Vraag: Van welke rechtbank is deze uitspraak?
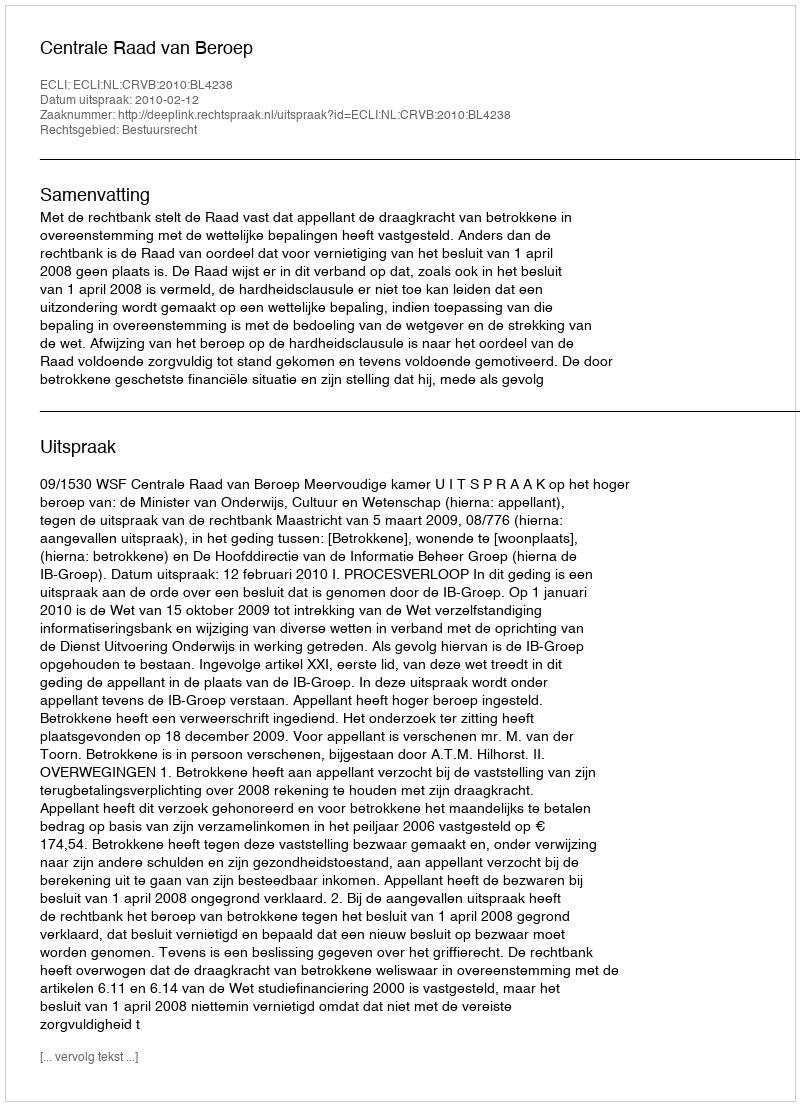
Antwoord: Centrale Raad van Beroep